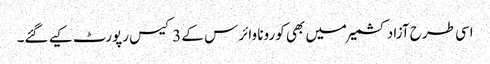
اسی طرح آزاد کشمیر میں بھی کورونا وائرس کے 3 کیس رپورٹ کیے گئے۔